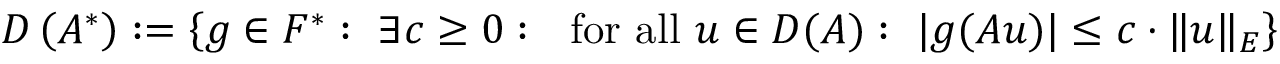
D \left( A ^ { * } \right) : = \left\{ g \in F ^ { * } : ~ \exists c \geq 0 : ~ { \mathrm { ~ f o r ~ a l l ~ } } u \in D ( A ) : ~ | g ( A u ) | \leq c \cdot \| u \| _ { E } \right\}